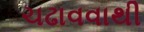
ચઢાવવાથી